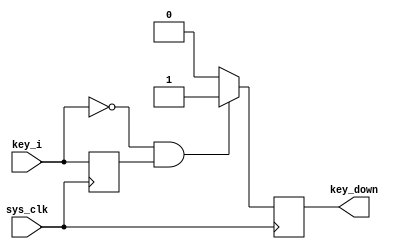
`timescale 1ns / 1ps
//////////////////////////////////////////////////////////////////////////////////
// Company: 
// Engineer: 
// 
// Design Name: 
// Module Name: KEY_DETECT
// Project Name: 
// Target Devices: Arty S7
// Tool Versions: 
// Description: 
// 
// Dependencies: 
// 
// Revision:
// Revision 1.0 - File Created
// Additional Comments:
// 
//////////////////////////////////////////////////////////////////////////////////


module KEY_DETECT(
    input sys_clk,   //    
    input key_i,     // 
    output reg key_down     // 
    );
    

    reg key_i_temp;         // 
    
    always @ (posedge sys_clk) begin
        key_i_temp <= key_i;
    end

    always @ (posedge sys_clk) begin
        if (key_i == 0 && key_i_temp == 1)
            key_down <= 1;
        else
            key_down <= 0;
    end
    

endmodule